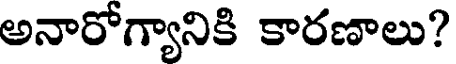
అనారోగ్యానికి కారణాలు?